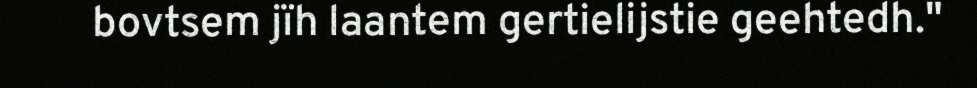
bovtsem jïh laantem gertielijstie geehtedh."